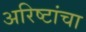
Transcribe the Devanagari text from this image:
अरिष्टांचा